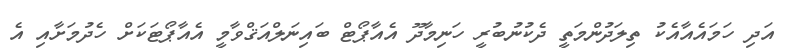
އަދި ހަމައެއާއެކު ތިލަދުންމަތީ ދެކުނުބުރީ ހަނިމާދޫ އެއާޕޯޓް ބައިނަލްއަޤްވާމީ އެއާޕޯޓަކަށް ހެދުމަށާއި އެ